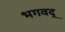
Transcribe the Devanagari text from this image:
भगवद्‍